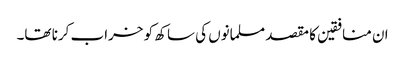
ان منافقین کا مقصد مسلمانوں کی ساکھ کو خراب کرنا تھا۔